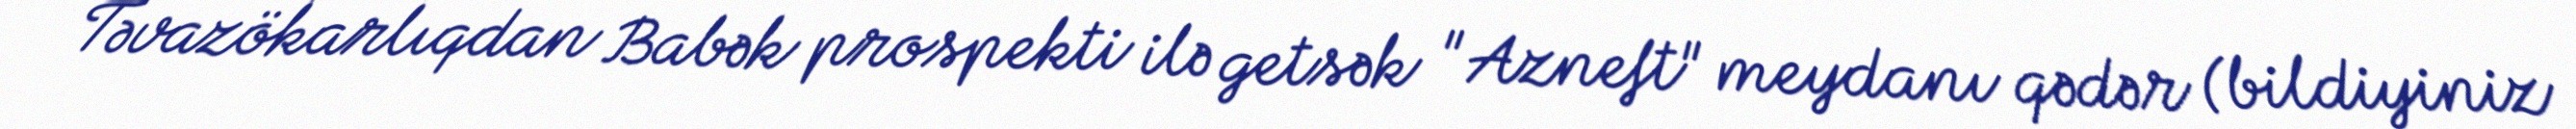
Təvazökarlıqdan Babək prospekti ilə getsək "Azneft" meydanı qədər (bildiyiniz